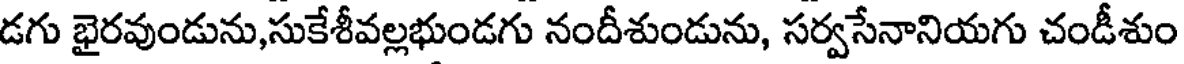
డగు భైరవుండును,సుకేశీవల్లభుండగు నందీశుండును, సర్వసేనానియగు చండీశుం